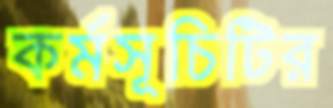
কর্মসূচিটির